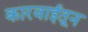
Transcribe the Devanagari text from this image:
कारवाईतून